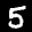
Label: 5